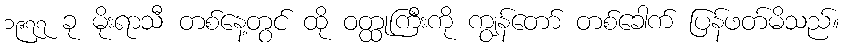
၁၉၇၇ ခု မိုးရာသီ တစ်နေ့တွင် ထို ဝတ္ထုကြီးကို ကျွန်တော် တစ်ခေါက် ပြန်ဖတ်မိသည်။